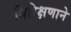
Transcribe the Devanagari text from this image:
निरिक्षणाने